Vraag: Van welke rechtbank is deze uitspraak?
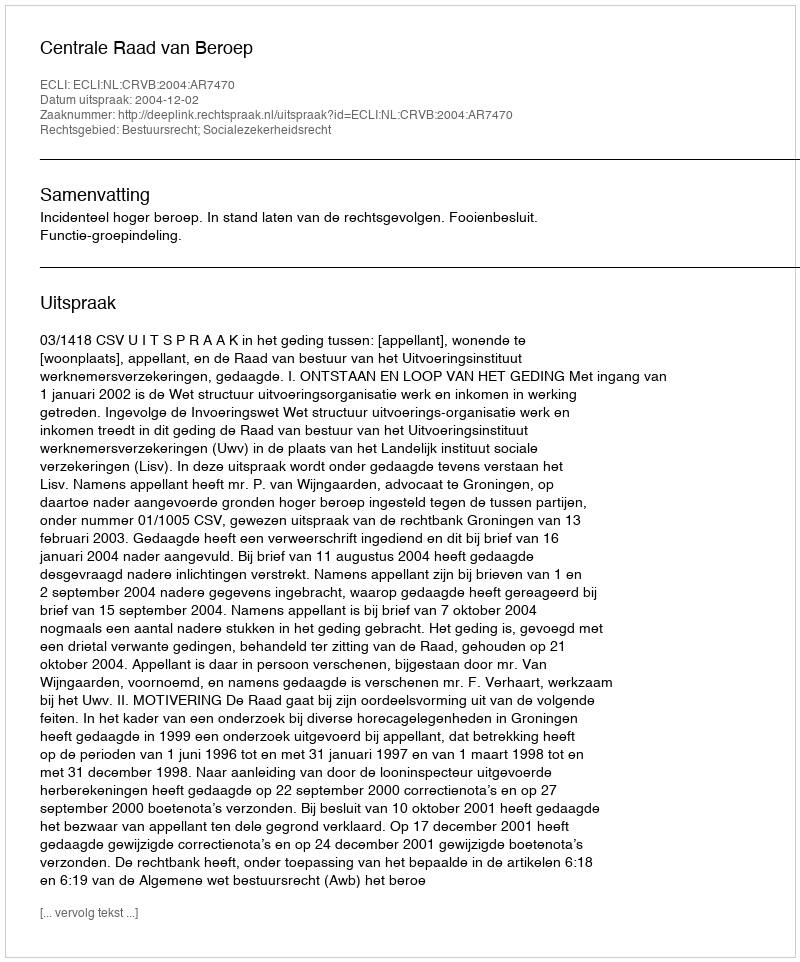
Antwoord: Centrale Raad van Beroep